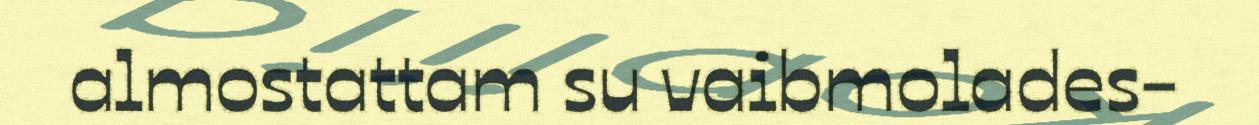
almostattam su vaibmolades-